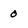
Character: 0